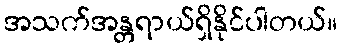
အသက်အန္တရာယ်ရှိနိုင်ပါတယ်။